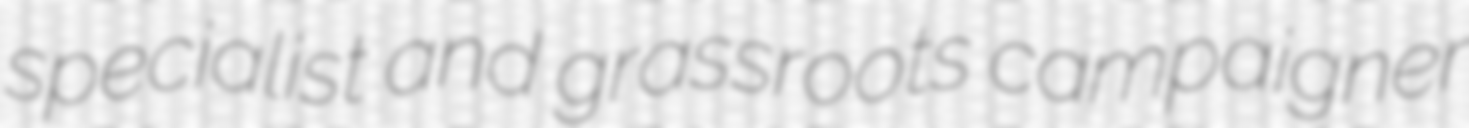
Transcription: specialist and grassroots campaigner